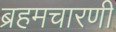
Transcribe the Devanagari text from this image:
ब्रहमचारणी